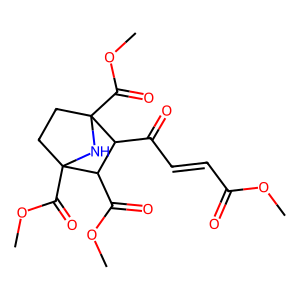
SMILES: COC(=O)C=CC(=O)C1C(C(=O)OC)C2(C(=O)OC)CCC1(C(=O)OC)N2
Inhibits HIV replication: No